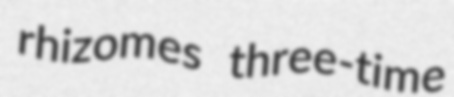
rhizomes three-time